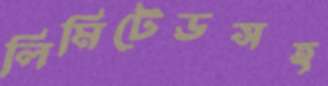
লিমিটেডসহ